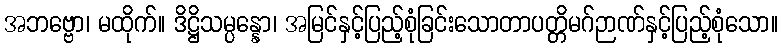
အဘဗ္ဗော၊ မထိုက်။ ဒိဋ္ဌိသမ္ပန္နော၊ အမြင်နှင့်ပြည့်စုံခြင်းသောတာပတ္တိမဂ်ဉာဏ်နှင့်ပြည့်စုံသော။